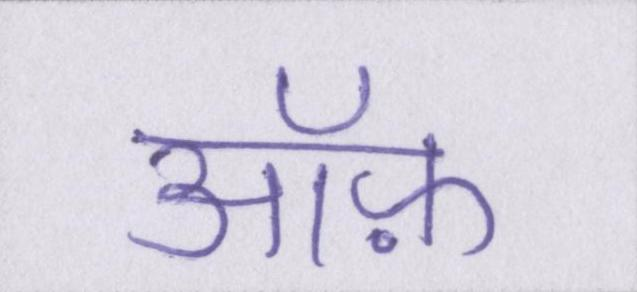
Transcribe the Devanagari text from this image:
ऑफ़